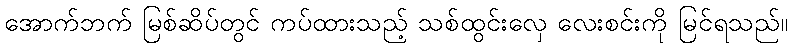
အောက်ဘက် မြစ်ဆိပ်တွင် ကပ်ထားသည့် သစ်ထွင်းလှေ လေးစင်းကို မြင်ရသည်။